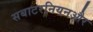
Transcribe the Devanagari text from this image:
सबाटरनियनऔर